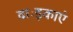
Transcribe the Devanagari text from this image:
वाःइकाएं